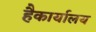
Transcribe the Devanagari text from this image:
हैकार्यालय